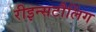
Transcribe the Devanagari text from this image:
रीइन्सटौलिंग